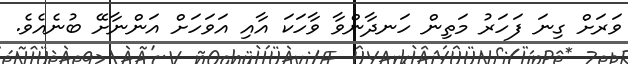
ވަރަށް ގިނަ ފަހަރު މަތިން ހަނދާންވާ ވާހަކަ އާއި އަވަހަށް އަންނާށޭ ބުނެއެވެ.